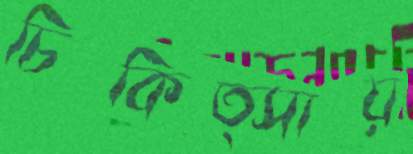
চিকিত্সায়